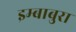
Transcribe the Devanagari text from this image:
इम्बाबुरा